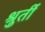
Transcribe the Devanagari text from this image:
श्रुतीं